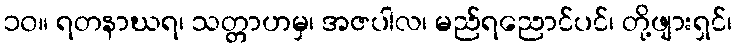
၁၀။ ရတနာဃရ၊ သတ္တာဟမှ၊ အဇပါလ၊ မည်ရညောင်ပင်၊ တို့ဖျားရှင်၊